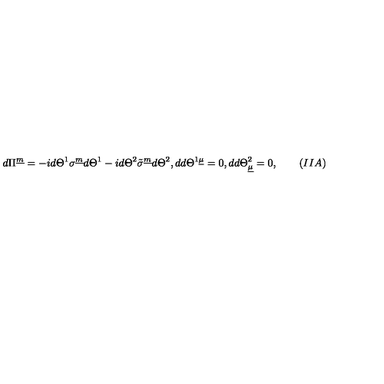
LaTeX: d \Pi ^ { \underline { m } } = - i d \Theta ^ { 1 } \sigma ^ { \underline { m } } d \Theta ^ { 1 } - i d \Theta ^ { 2 } \tilde { \sigma } ^ { \underline { m } } d \Theta ^ { 2 } , d d \Theta ^ { 1 \underline { \mu } } = 0 , d d \Theta _ { \underline { \mu } } ^ { 2 } = 0 , \qquad ( I I A )